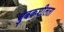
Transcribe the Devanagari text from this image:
चुबकशीलता